Annual report on the Civil Veterinary Department, Burma (including the Insein Veterinary School) - 1932-1941
Year: 1932
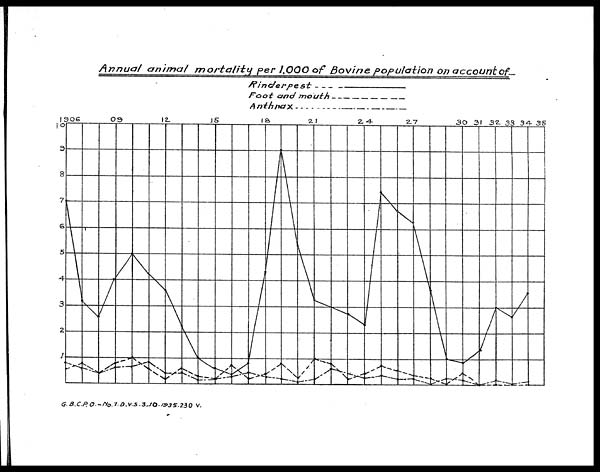
Annual animal mortality
per 1,00O of Bovine population on account of—
G.B.C.P.O.-NO.1.D.V.S.3.10.1935.230 V.